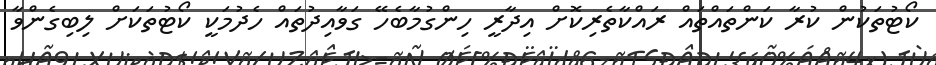
ކޯޓުުތަކުން ކުރާ ކަންތައްތައް ރައްކާތެރިކޮށް އިދާރީ ހިންގުމާބެހޭ ގަވާއިދުތައް ހެދުމަކީ ކޯޓުތަކަށް ލިބިގެންވާ